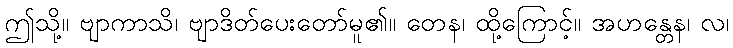
ဤသို့။ ဗျာကာသိ၊ ဗျာဒိတ်ပေးတော်မူ၏။ တေန၊ ထို့ကြောင့်။ အဟန္တေန၊ လ၊